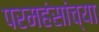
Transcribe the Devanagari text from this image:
परमहंसांच्या